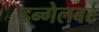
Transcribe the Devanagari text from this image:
इन्गेलबर्ट